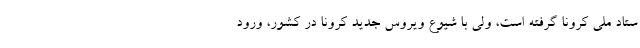
ستاد ملی کرونا گرفته است، ولی با شیوع ویروس جدید کرونا در کشور، ورود